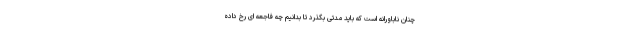
چنان ناباورانه است که باید مدتی بگذرد تا بدانیم چه فاجعه ای رخ داده